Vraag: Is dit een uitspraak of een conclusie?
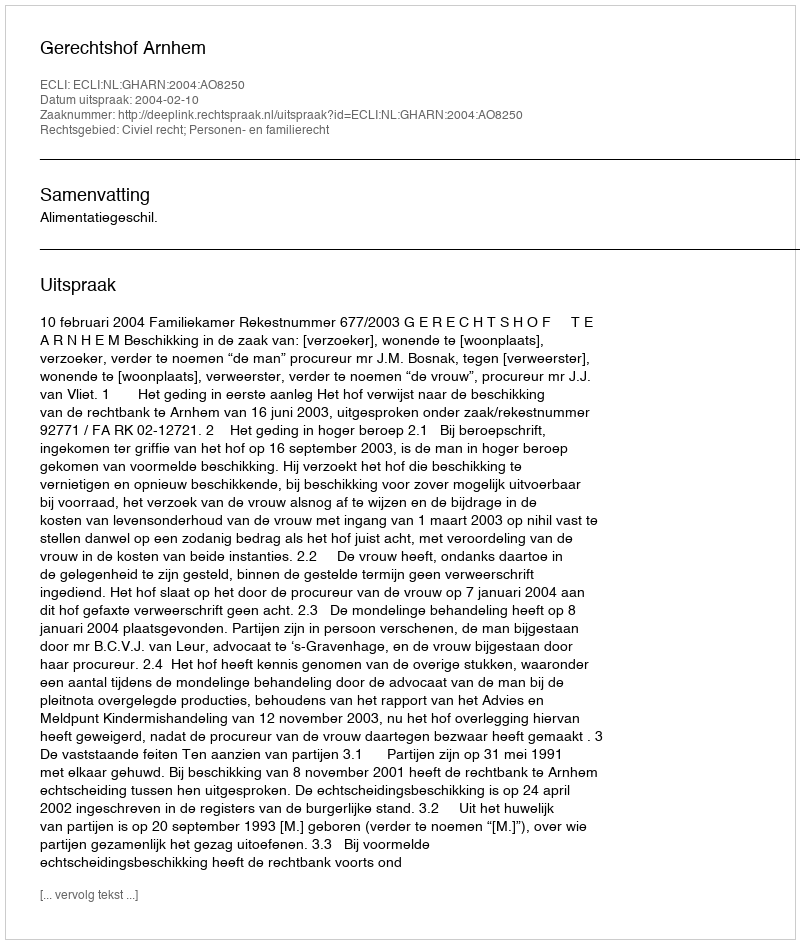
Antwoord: Uitspraak